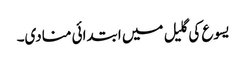
یسوع کی گلیل میں ابتدائی منادی۔